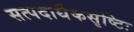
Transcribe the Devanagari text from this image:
सत्पदार्थैकसृष्टिः